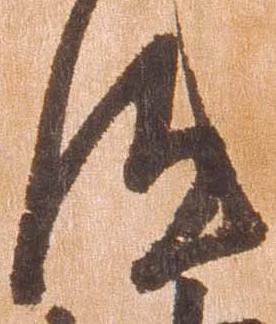
汰